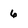
Character: 6